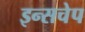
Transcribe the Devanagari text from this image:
इन्सचेप